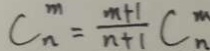
C _ { n } ^ { m } = \frac { m + 1 } { n + 1 } C _ { n } ^ { m }